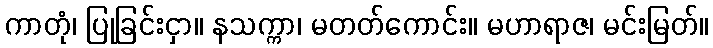
ကာတုံ၊ ပြုခြင်းငှာ။ နသက္ကာ၊ မတတ်ကောင်း။ မဟာရာဇ၊ မင်းမြတ်။